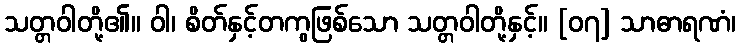
သတ္တဝါတို့၏။ ဝါ၊ စိတ်နှင့်တကွဖြစ်သော သတ္တဝါတို့နှင့်။ [၀၇] သာဓာရဏံ၊